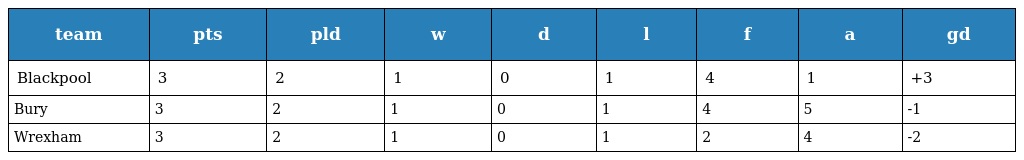
| team | pts | pld | w | d | l | f | a | gd |
 | --- | --- | --- | --- | --- | --- | --- | --- | --- |
 | Blackpool | 3 | 2 | 1 | 0 | 1 | 4 | 1 | +3 |
 | Bury | 3 | 2 | 1 | 0 | 1 | 4 | 5 | -1 |
 | Wrexham | 3 | 2 | 1 | 0 | 1 | 2 | 4 | -2 |